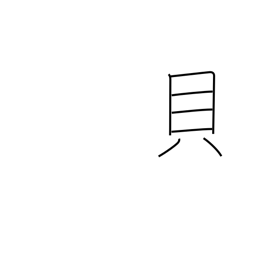
Meaning: shellfish